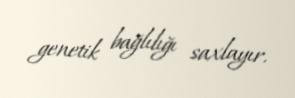
genetik bağlılığı saxlayır.